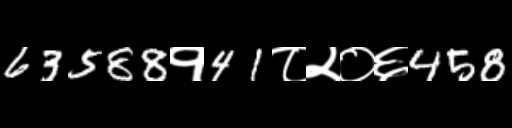
Text: 63588१41८२०६458